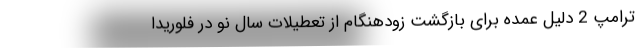
ترامپ 2 دلیل عمده برای بازگشت زودهنگام از تعطیلات سال نو در فلوریدا